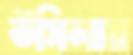
উসিলায়